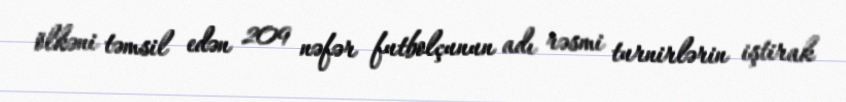
ölkəni təmsil edən 209 nəfər futbolçunun adı rəsmi turnirlərin iştirak